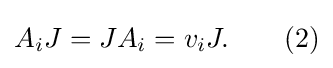
A_{i}J=JA_{i}=v_{i}J.\qquad (2)